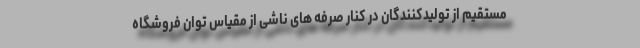
مستقیم از تولیدکنندگان در کنار صرفه های ناشی از مقیاس توان فروشگاه